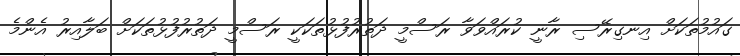
ގައުމުތަކަށް އިނގިރޭސި ރާނީ ކުރައްވަވާ ރަސްމީ ދަތުރުފުޅުތަކަކީ ރަސްމީ ދަތުރުފުޅުތަކަށް ބަލާއިރު އެންމެ